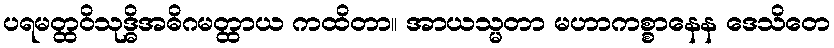
ပရမတ္ထဝိသုဒ္ဓိအဓိဂမတ္ထာယ ကထိတာ။ အာယသ္မတာ မဟာကစ္စာနေန ဒေသိတေ